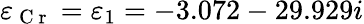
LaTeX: \varepsilon_{\mathrm{~C~r~}}=\varepsilon_{1}=-3.072-29.929i